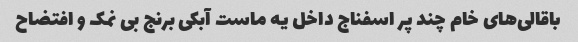
باقالی‌های خام چند پر اسفناج داخل یه ماست آبکی برنج بی نمک و افتضاح